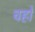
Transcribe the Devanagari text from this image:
चहों